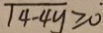
\sqrt { 4 - 4 y } \geq 0